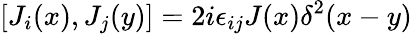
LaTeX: [J_{i}(x),J_{j}(y)]=2i\epsilon_{ij}J(x)\delta^{2}(x-y)